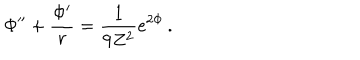
\Phi ^ { \prime \prime } + \frac { \Phi ^ { \prime } } { r } = \frac { 1 } { 9 Z ^ { 2 } } e ^ { 2 \Phi } \, .